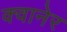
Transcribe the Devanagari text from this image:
क्वानेर